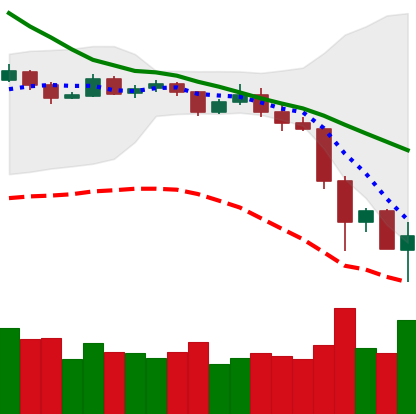
Ticker: ETH-USD
Chart end date: 2019-11-25
Forward return: 4.139%
Label: up_3_5